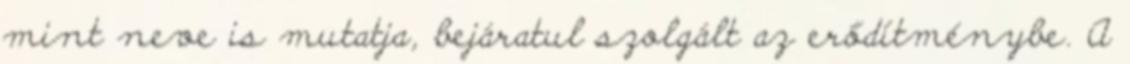
mint neve is mutatja, bejáratul szolgált az erődítménybe. A